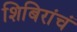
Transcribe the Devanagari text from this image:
शिबिरांचं